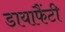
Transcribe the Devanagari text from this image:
डायाफैंटी